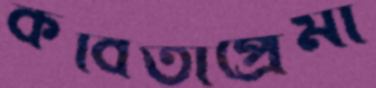
কবিতাপ্রেমী